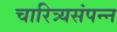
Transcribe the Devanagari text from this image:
चारित्र्यसंपन्न